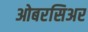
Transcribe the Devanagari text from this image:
ओबरसिअर